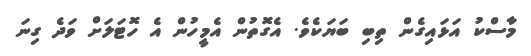
މާސްކު އަޅައިގެން ތިބި ބަޔަކެވެ. އެގޮތުން އެމީހުން އެ ހޮޓަލަށް ވަދެ ގިނަ